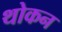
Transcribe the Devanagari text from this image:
थोकन